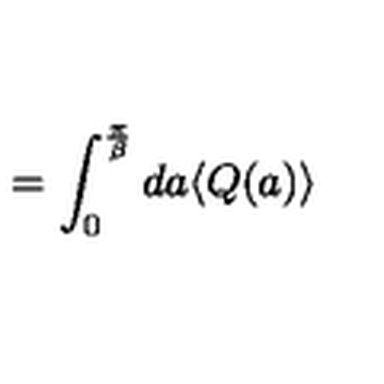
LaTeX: = \int _ { 0 } ^ { \frac { \pi } { \beta } } d a \langle Q ( a ) \rangle